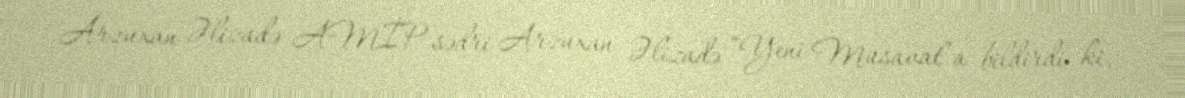
Arzuxan Əlizadə AMİP sədri Arzuxan Əlizadə “Yeni Müsavat”a bildirdi ki,